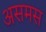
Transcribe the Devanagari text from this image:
असमस